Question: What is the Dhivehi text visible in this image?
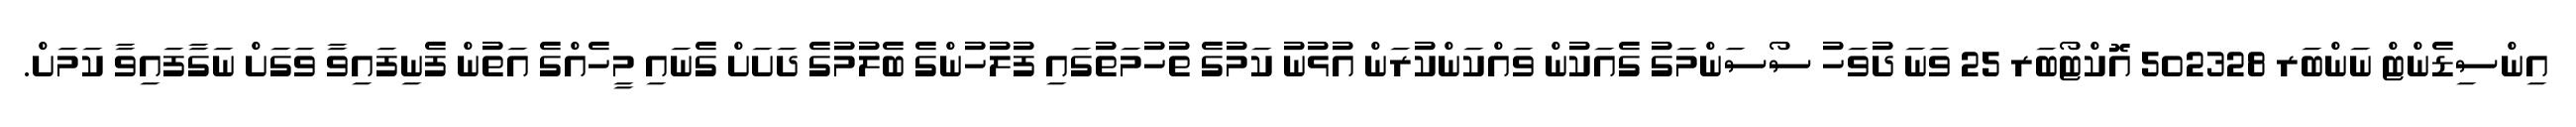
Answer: އިންސިޑެންޓް ނަންބަރ 502328 އޮކްޓޯބަރ 25 ވަނަ ދުވަހު ސޯސަންމަގު ގެއަކުން ވައްކަންކުރަން އުޅުނު ކަމުގެ ތުހުމަތުގައި ފުލުހުންގެ ބެލުމުގެ ދަށަށް ގެނައި މީހެއްގެ އަތުން ފެނިފައިވާ ވަގަށް ނަގާފައިވާ ކަމަށް.